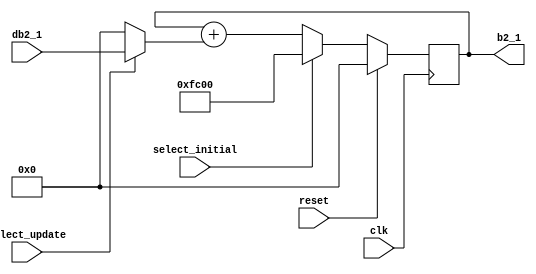
`timescale 1ns / 1ps
//////////////////////////////////////////////////////////////////////////////////
// Company: Kyushu Institute of Technology
// 
// Design Name:    Neural Network (using backpropagation)
// Module Name:    b2_1 
// Project Name:   LSI Design Contest in Okinawa 2018
// Target Devices: 
// Tool versions: 
//
// Description: 
//		Calculation of b2_1, when the select initial signal is active, 
// 	    the output will be the initial value of b2_1, and when the select update 
//		signal is active, the output will be the new value of b2_1
//	Input: 
//		clk	    : 1 bit
//		reset	: 1 bit : high active
//		db2_1	: 16 bits 00_0000.0000_0000_00 signed	 : delta bias2_1
//		select_initial	: 1 bit	: high active
//		select_update	: 1 bit	: high active
//	Output:
//		b2_1	: 16 bits 00_0000.0000_0000_00 signed : bias2_1
// Dependencies: 
//
// Revision: 
// Revision 0.01 - File Created
// Additional Comments: 
//
//////////////////////////////////////////////////////////////////////////////////
module b2_1(clk, reset, db2_1, select_initial, select_update, b2_1);
	
	input clk, reset;
	input select_initial, select_update;
	input signed [15:0] db2_1;
	output signed [15:0] b2_1;
	
	reg signed [15:0] zero = 'b0;
	reg signed [15:0] b2_1;
	reg signed [15:0] init_b2_1 = 16'b11_1111_0000_0000_00; //initial b2_1 = -1
	reg signed [15:0] net1, net2;
	
	always @(posedge clk)
		begin
			if(reset==1)
				begin
					net1=0;
					net2=0;
					b2_1=0;
				end
			else
				begin
					net1 = select_update? db2_1 : zero;
					net2 = b2_1 + net1;
					b2_1 = select_initial? init_b2_1 : net2;
				end
		end
endmodule